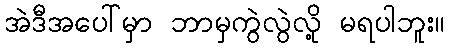
အဲဒီအပေါ်မှာ ဘာမှကွဲလွဲလို့ မရပါဘူး။